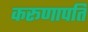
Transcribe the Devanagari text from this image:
करूणापति